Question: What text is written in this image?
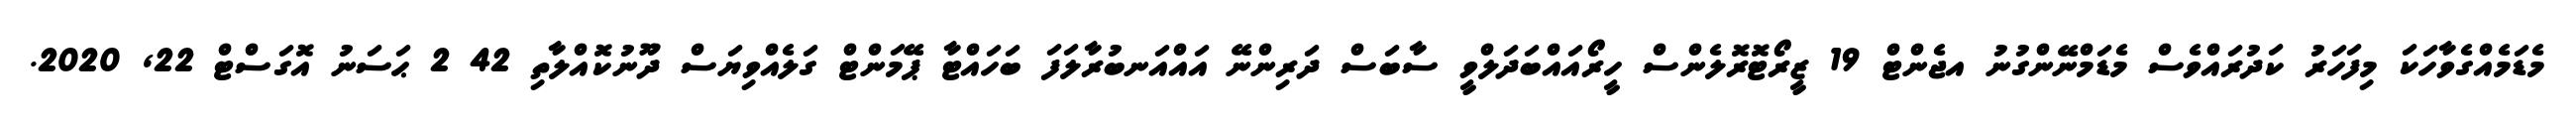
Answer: މެޑަމެއްގެވާހަކަ މިފަހަރު ކަދުރައްވެސް މެޑަމްނޭންގުނު އޖެންޓް 19 ޒީރޯޓޮރޮލެންސް ހީރޯއައްބަދަލްވީ ސާބަސް ދަރިންނޭ އައްއަނބުރާލަފަ ބަހައްޓާ ޕޭމަންޓް ގަލެއްވިޔަސް ދޫނުކޮއްލާތި 42 2 ޙަސަނު އޮގަސްޓް 22, 2020.